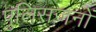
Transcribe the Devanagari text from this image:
पुलिसजनों